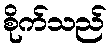
စိုက်သည်